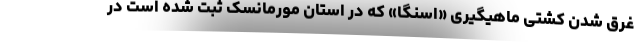
غرق شدن کشتی ماهیگیری «اسنگا» که در استان مورمانسک ثبت شده است در